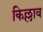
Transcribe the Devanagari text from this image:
किल्लाव